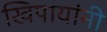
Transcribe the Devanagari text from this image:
खिपायांनी